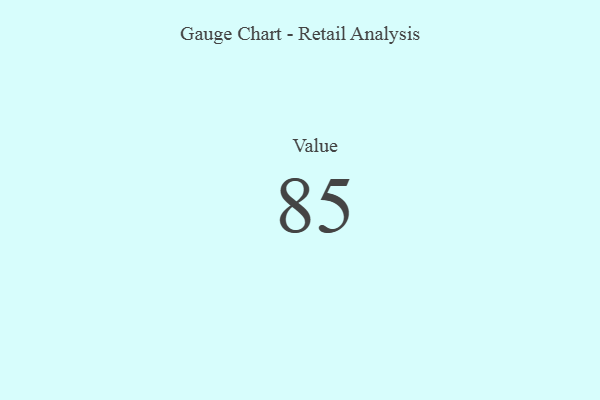
{"axis": {"x": "Metric", "y": "Value"}, "legend": [""], "data": [{"x": "Value", "y": 85, "type": ""}]}